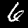
Label: 6